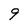
Character: 9